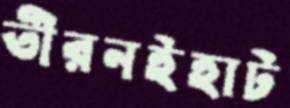
তীরনইহাট